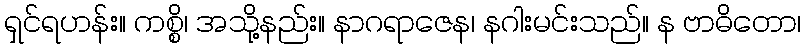
ရှင်ရဟန်း။ ကစ္စိ၊ အသို့နည်း။ နာဂရာဇေန၊ နဂါးမင်းသည်။ န ဗာဓိတော၊